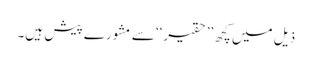
ذیل میں کچھ ’’حقیر‘‘ سے مشورے پیش ہیں۔